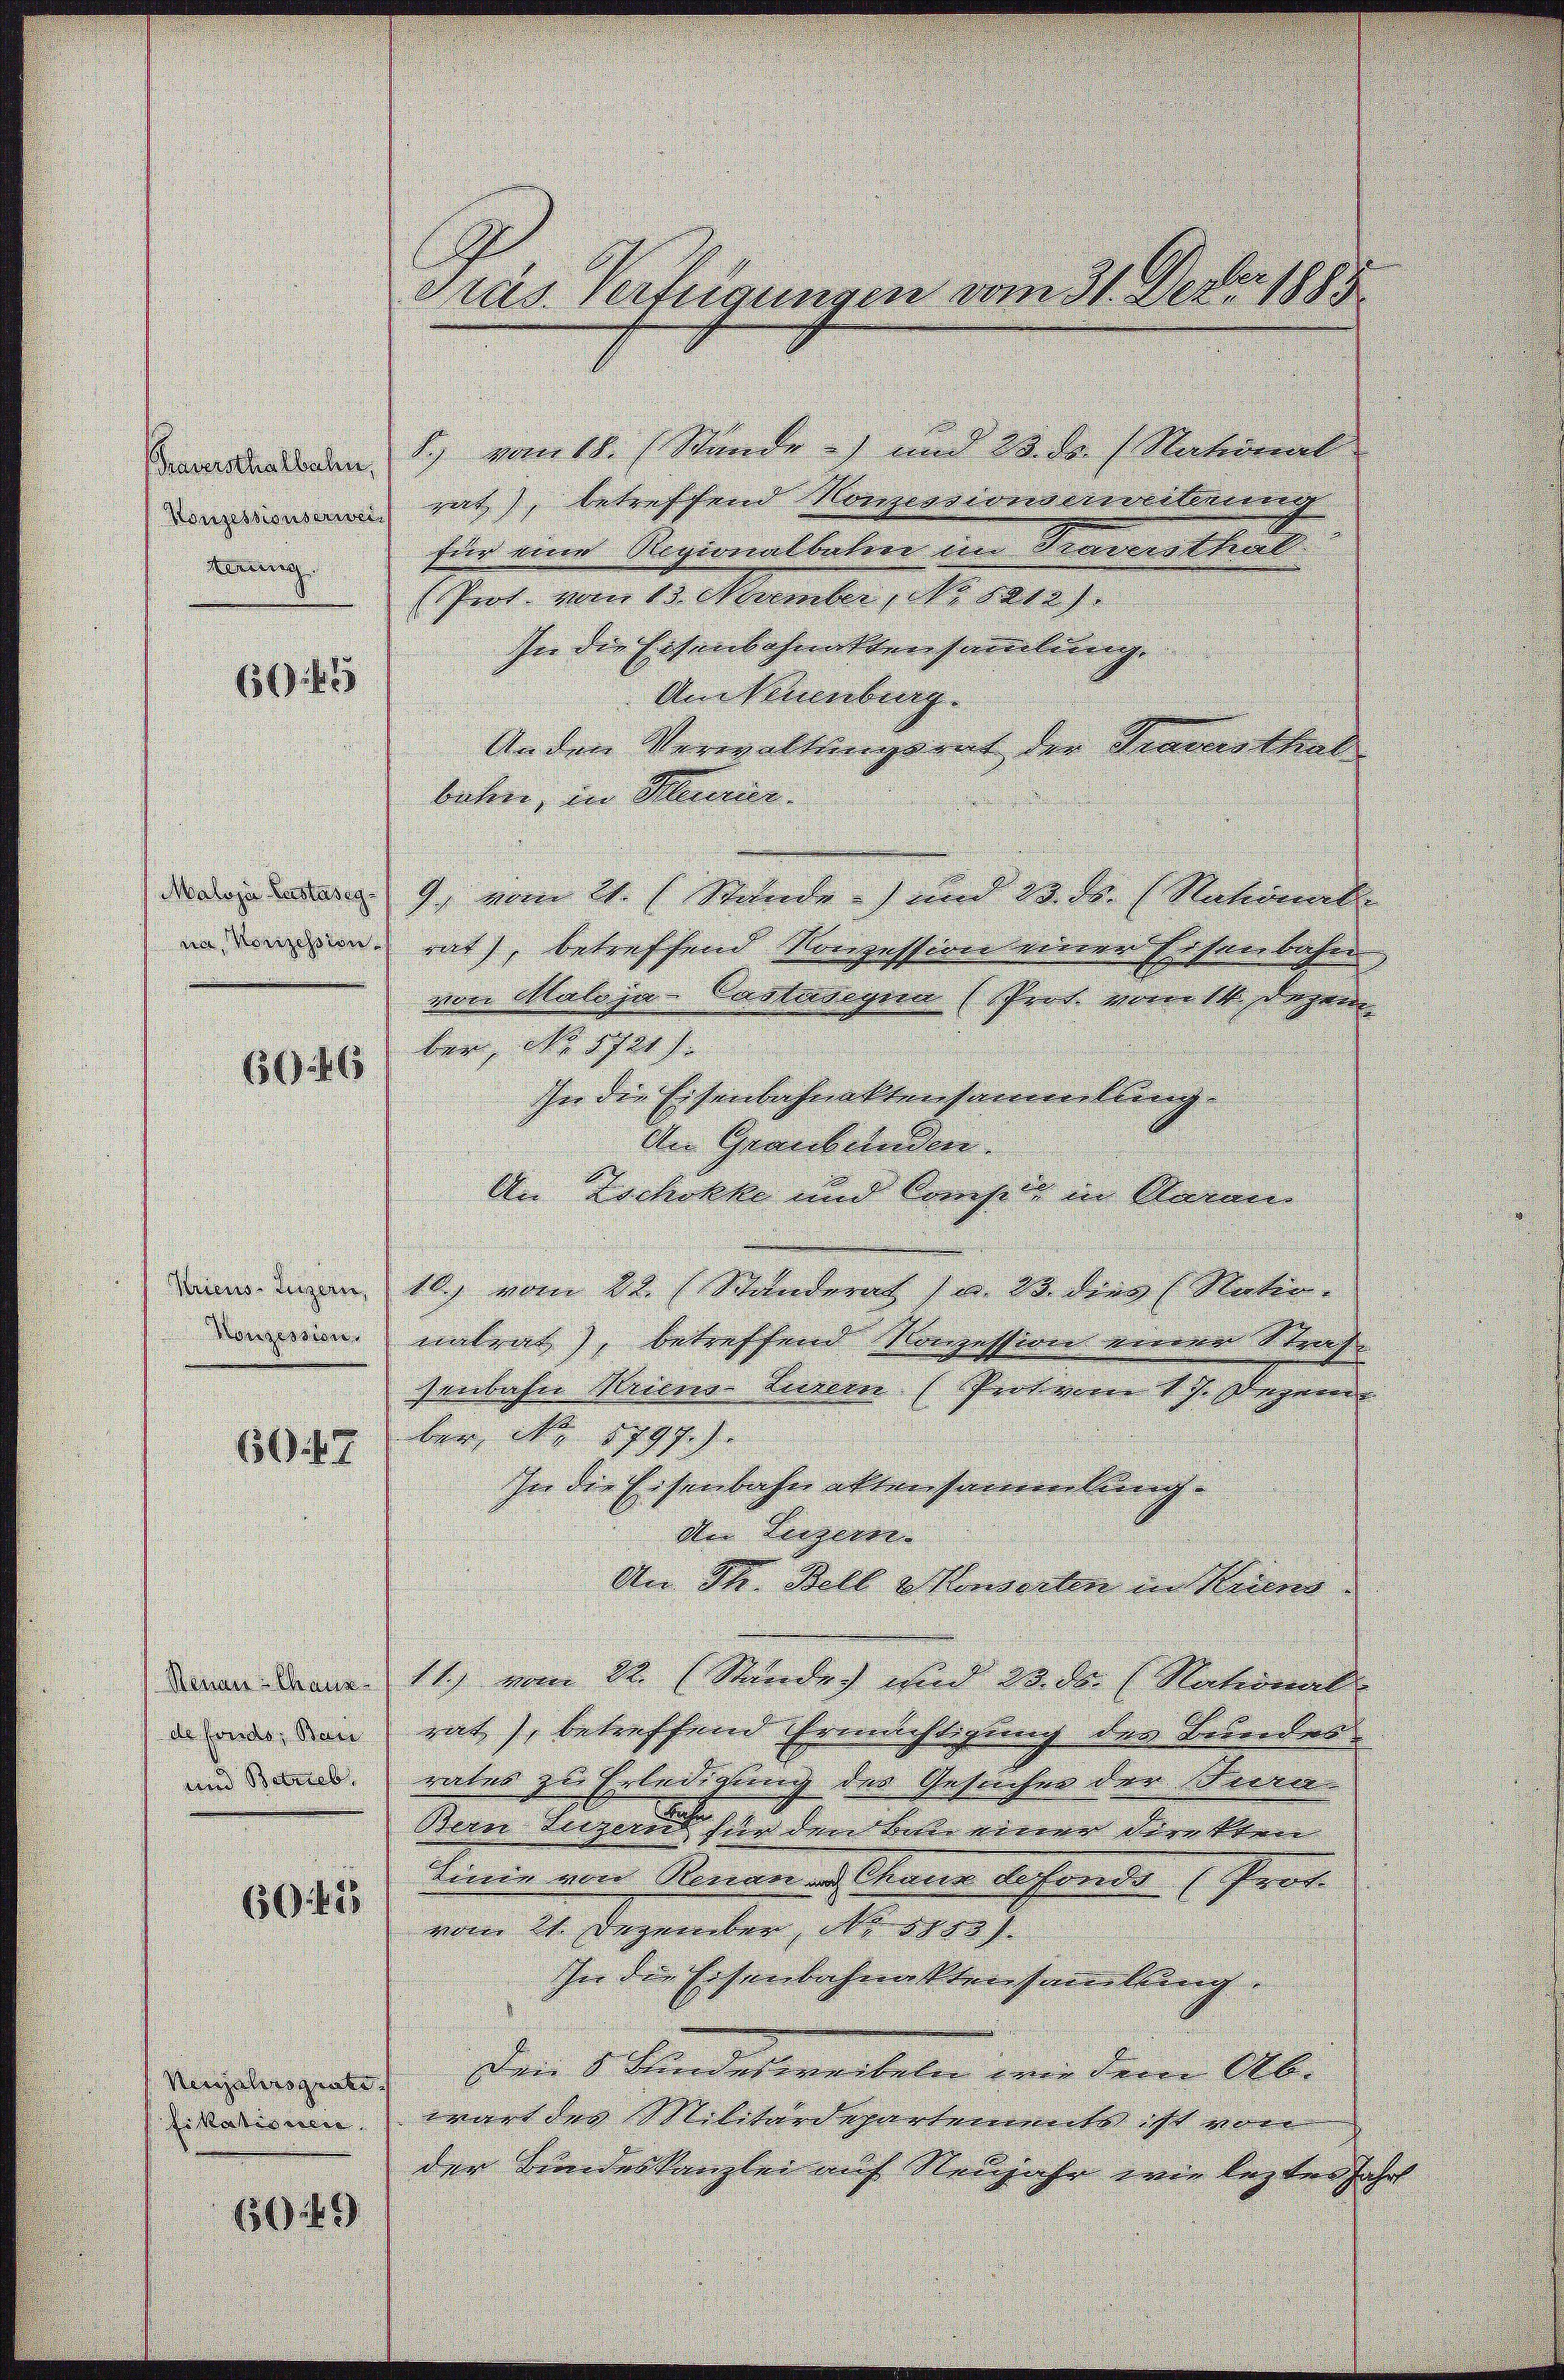
raversthalbachen,
derung

645

6046

Gras Verfügungen vom 31. Febr 1883.

1) vom 11. Stande) und 20 kr. Nationat
denmann nach, betreffend Kompensivenderwilling
für eine Regionalbahre in Mauersthal
(Prot vom 13. Sember, No 1010.
In die Eisenbahnattensammlung.
Um Neuenburg.
Unden Verwaltungsrat der Praesthal
beten, in Kleeres.
 1 vom 11. Mande und da kr. (Nationale
in den rath, betreffend Konzesserer einer Geisterlichen
von Maloja Castardeyrer (Schret vorer M. dagen
ber, No 1900
ihe die Eisenbahnaktensammellung
In Graubünden.
An Rockolle und Recht in in Namen |
dum den 16. vom 24. Mandern v. 18. Seras Nation
den sein eintrat, betreffend Konzession vorenen Stras
senbahne Meiner Linien (Prot vom 17. Dezem
ber, No 1797.
617
In die Eisenbahnaktensammlung.
Der Bergerren
An St. Stell u. Handerten in Neuen
denen kennen 11 einen ds Medich wird da der Nateramt
 mir den mit, betreffend Errichtigung der Bederlan
und dann raten zu Erledigung der Gesuchen der Korre
Sein Liegerin hier den Bote vieren denkten |
Linie von Roman in Chana Lehrend Prof.
6045
vom 21 Dezember, ob er
In der Eisenbahnaktensereitung
vergelangenlich dem Sinnerratete um dem Abe
orum ward der Militärdepartemente ist von
der Bundeskanzlei auf Neusiche wir lezter Jahr
609.